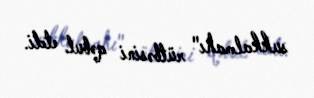
sukkalmahı" rütbəsini qəbul etdi.